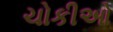
ચોકીઓ